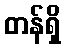
တန်ရှိ